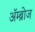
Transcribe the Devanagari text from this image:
ॲम्ब्रोज